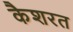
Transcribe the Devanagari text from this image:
कैशरत